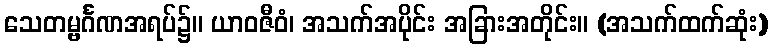
သေတမ္ဗင်္ဂဏအရပ်၌။ ယာဝဇီဝံ၊ အသက်အပိုင်း အခြားအတိုင်း။ (အသက်ထက်ဆုံး)